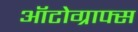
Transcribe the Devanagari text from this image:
ऑटोग्राफ्स